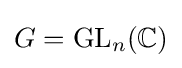
G=\operatorname {GL} _{n}(\mathbb {C} )